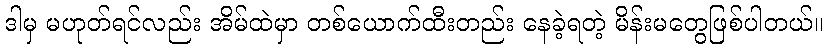
ဒါမှ မဟုတ်ရင်လည်း အိမ်ထဲမှာ တစ်ယောက်ထီးတည်း နေခဲ့ရတဲ့ မိန်းမတွေဖြစ်ပါတယ်။